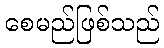
စေမည်ဖြစ်သည်